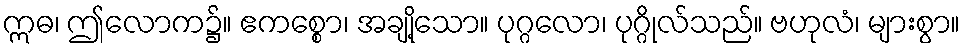
ဣဓ၊ ဤလောက၌။ ဧကစ္စော၊ အချို့သော။ ပုဂ္ဂလော၊ ပုဂ္ဂိုလ်သည်။ ဗဟုလံ၊ များစွာ။